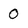
Character: O